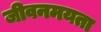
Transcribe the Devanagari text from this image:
जीवनमयता